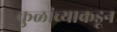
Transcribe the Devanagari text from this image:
कुळांच्याकडून